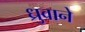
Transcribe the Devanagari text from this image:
ध्रुवाने